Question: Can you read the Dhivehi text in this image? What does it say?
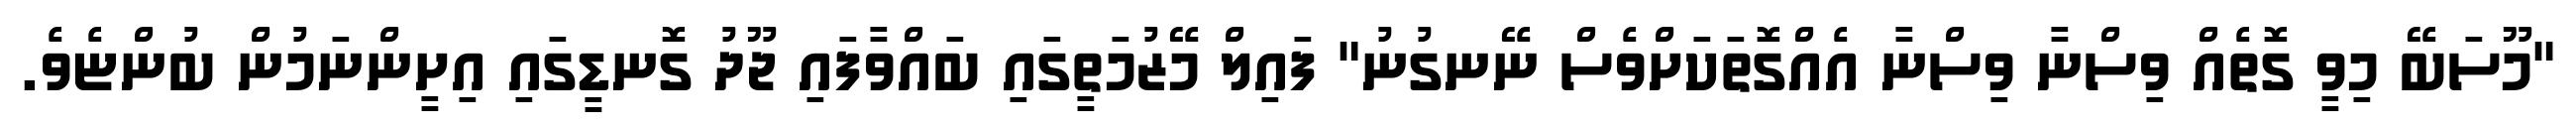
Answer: "މޫސަބޭ މިވީ ގޮތެއް ވިސްނާ ވިސްނާ އެއްގޮތަކަށްވެސް ނޭނގުނު" ފައިލް މޭޒުމަތީގައި ބައްވާފައި ޖޫދު ގޮނޑީގައި އިށީންނަމުން ބުންޏެވެ.